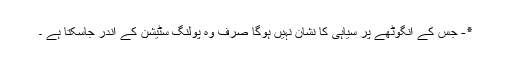
٭- جس کے انگوٹھے پر سیاہی کا نشان نہیں ہوگا صرف وہ پولنگ سٹیشن کے اندر جاسکتا ہے ۔